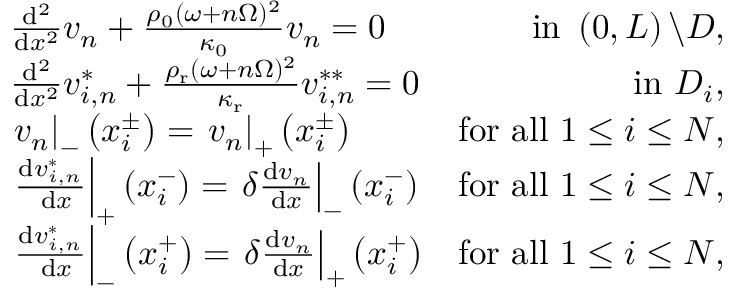
\begin{array} { r l r } & { \frac { \mathrm { d } ^ { 2 } } { \mathrm { d } x ^ { 2 } } v _ { n } + \frac { \rho _ { 0 } ( \omega + n \Omega ) ^ { 2 } } { \kappa _ { 0 } } v _ { n } = 0 } & { \mathrm { ~ i n ~ } \left( 0 , L \right) \backslash D , } \\ & { \frac { \mathrm { d } ^ { 2 } } { \mathrm { d } x ^ { 2 } } v _ { i , n } ^ { * } + \frac { \rho _ { \mathrm { r } } ( \omega + n \Omega ) ^ { 2 } } { \kappa _ { \mathrm { r } } } v _ { i , n } ^ { * * } = 0 } & { \mathrm { i n ~ } D _ { i } , } \\ & { \left. v _ { n } \right| _ { - } \left( x _ { i } ^ { \pm } \right) = \left. v _ { n } \right| _ { + } \left( x _ { i } ^ { \pm } \right) } & { \mathrm { f o r ~ a l l ~ } 1 \leq i \leq N , } \\ & { \left. \frac { \mathrm { d } v _ { i , n } ^ { * } } { \mathrm { ~ d } x } \right| _ { + } \left( x _ { i } ^ { - } \right) = \left. \delta \frac { \mathrm { d } v _ { n } } { \mathrm { d } x } \right| _ { - } \left( x _ { i } ^ { - } \right) } & { \mathrm { f o r ~ a l l ~ } 1 \leq i \leq N , } \\ & { \left. \frac { \mathrm { d } v _ { i , n } ^ { * } } { \mathrm { ~ d } x } \right| _ { - } \left( x _ { i } ^ { + } \right) = \left. \delta \frac { \mathrm { d } v _ { n } } { \mathrm { d } x } \right| _ { + } \left( x _ { i } ^ { + } \right) } & { \mathrm { f o r ~ a l l ~ } 1 \leq i \leq N , } \end{array}